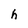
Character: h